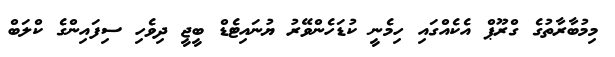
މިމުބާރާތުގެ ގްރޫޕް އެކެއްގައި ހިމެނީ ކުޑަހެންވޭރު ޔުނައިޓެޑް ބީޖީ ދިވެހި ސިފައިންގެ ކްލަބް